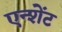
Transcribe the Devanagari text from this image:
एन्शेंट